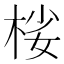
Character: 𣒹